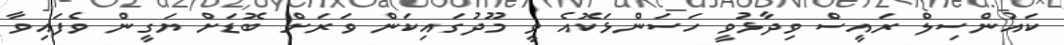
ކައުންސިލް ރައީސް ވިދާޅުވީ ހަސަންޅަކޮއެ ވީ މޫދުގައިކަން ވަރަށް ބޮޑަށް ޔަގީން ވެފައިވާ